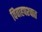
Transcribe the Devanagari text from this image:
विवाहपश्चात